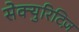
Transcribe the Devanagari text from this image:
सेक्युरिटिज़